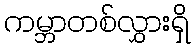
ကမ္ဘာတစ်လွှားရှိ